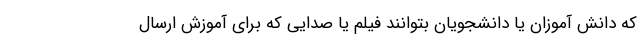
که دانش آموزان یا دانشجویان بتوانند فیلم یا صدایی که برای آموزش ارسال